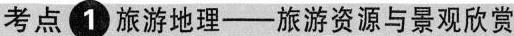
考点1旅游地理--旅游资源与景观欣赏